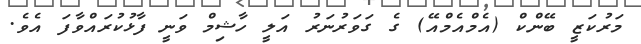
މަރުކަޒީ ބޭންކް (އެމްއެމްއޭ) ގެ ގަވަރުނަރު އަލީ ހާޝިމް ވަނީ ފާޅުކުރައްވާފަ އެވެ.